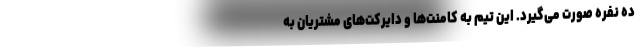
ده نفره صورت می‌گیرد. این تیم به کامنت‌ها و دایرکت‌های مشتریان به